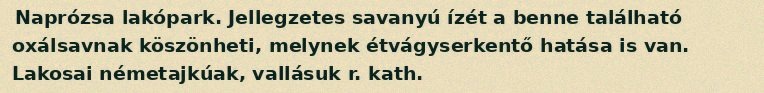
Naprózsa lakópark. Jellegzetes savanyú ízét a benne található oxálsavnak köszönheti, melynek étvágyserkentő hatása is van. Lakosai németajkúak, vallásuk r. kath.